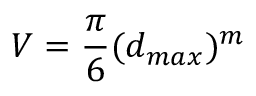
V = \frac { \pi } { 6 } ( d _ { m a x } ) ^ { m }